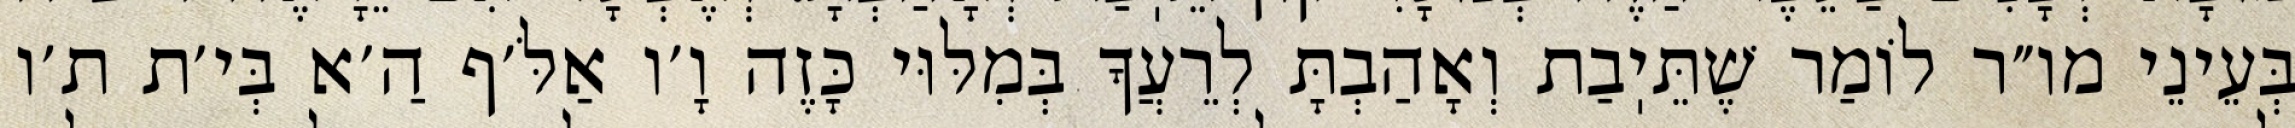
בְּעֵינֵי מו״ר לוֹמַר שֶׁתֵּיֽבַת וְאָהַבְתָּ לְרֵעֲךָ בְּמִלּוּי כָּזֶה וָ׳ו אַלֹּ׳ף הַ׳א בְּי׳ת ת׳ו